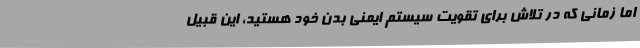
اما زمانی که در تلاش برای تقویت سیستم ایمنی بدن خود هستید، این قبیل